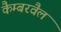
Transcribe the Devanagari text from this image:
कैम्बरवैल